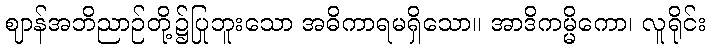
ဈာန်အဘိညာဉ်တို့၌ပြုဘူးသော အဓိကာရမရှိသော။ အာဒိကမ္မိကော၊ လူရိုင်း